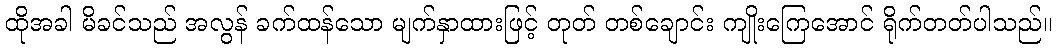
ထိုအခါ မိခင်သည် အလွန် ခက်ထန်သော မျက်နှာထားဖြင့် တုတ် တစ်ချောင်း ကျိုးကြေအောင် ရိုက်တတ်ပါသည်။